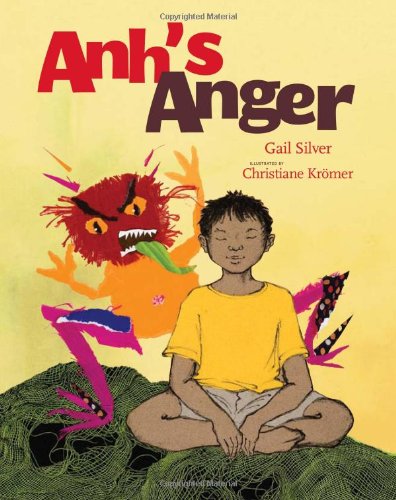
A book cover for Anh's Anger; Gail Silver; Arts & Photography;